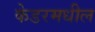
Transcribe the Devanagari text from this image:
केडरमधील